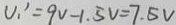
U _ { 1 } ^ { \prime } = 9 V - 1 . 5 V = 7 . 5 V